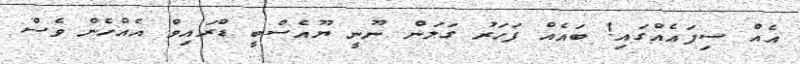
އެއް ސިފައެއްގައި! ބައެއް ފަހަރު ގަލަން ނޫނީ ޔޫއެސްބީ ޑްރައިވް އެއްހެން ވެސް